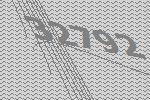
32792